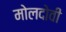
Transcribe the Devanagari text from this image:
मोलदोवी